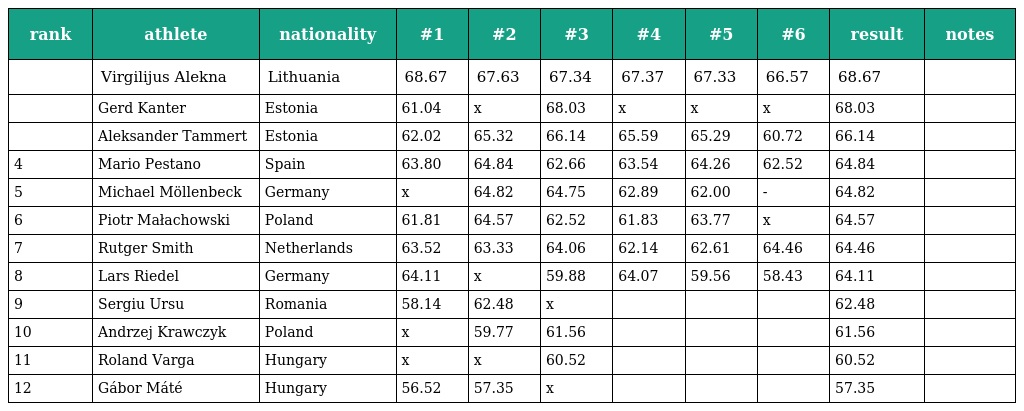
| rank | athlete | nationality | #1 | #2 | #3 | #4 | #5 | #6 | result | notes |
 | --- | --- | --- | --- | --- | --- | --- | --- | --- | --- | --- |
 |  | Virgilijus Alekna | Lithuania | 68.67 | 67.63 | 67.34 | 67.37 | 67.33 | 66.57 | 68.67 |  |
 |  | Gerd Kanter | Estonia | 61.04 | x | 68.03 | x | x | x | 68.03 |  |
 |  | Aleksander Tammert | Estonia | 62.02 | 65.32 | 66.14 | 65.59 | 65.29 | 60.72 | 66.14 |  |
 | 4 | Mario Pestano | Spain | 63.80 | 64.84 | 62.66 | 63.54 | 64.26 | 62.52 | 64.84 |  |
 | 5 | Michael Möllenbeck | Germany | x | 64.82 | 64.75 | 62.89 | 62.00 | - | 64.82 |  |
 | 6 | Piotr Małachowski | Poland | 61.81 | 64.57 | 62.52 | 61.83 | 63.77 | x | 64.57 |  |
 | 7 | Rutger Smith | Netherlands | 63.52 | 63.33 | 64.06 | 62.14 | 62.61 | 64.46 | 64.46 |  |
 | 8 | Lars Riedel | Germany | 64.11 | x | 59.88 | 64.07 | 59.56 | 58.43 | 64.11 |  |
 | 9 | Sergiu Ursu | Romania | 58.14 | 62.48 | x |  |  |  | 62.48 |  |
 | 10 | Andrzej Krawczyk | Poland | x | 59.77 | 61.56 |  |  |  | 61.56 |  |
 | 11 | Roland Varga | Hungary | x | x | 60.52 |  |  |  | 60.52 |  |
 | 12 | Gábor Máté | Hungary | 56.52 | 57.35 | x |  |  |  | 57.35 |  |